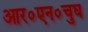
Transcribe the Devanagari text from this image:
आर०एन०चुघ